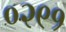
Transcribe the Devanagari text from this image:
०२९१